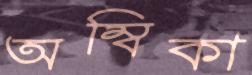
অম্বিকা